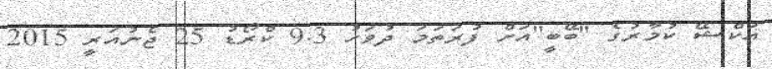
އަކްޝޭ ކުމާރުގެ "ބޭބީ"އަށް ފުރަތަމަ ދުވަހު 9.3 ކްރޯޑު 25 ޖެނުއަރީ 2015